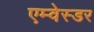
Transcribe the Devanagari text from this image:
एम्वेस्डर